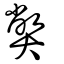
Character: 弊